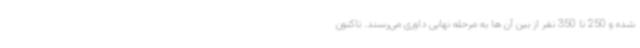
شده و 250 تا 350 نفر از بین آن ها به مرحله نهایی داوری می‌رسند. تاکنون